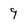
Character: 9